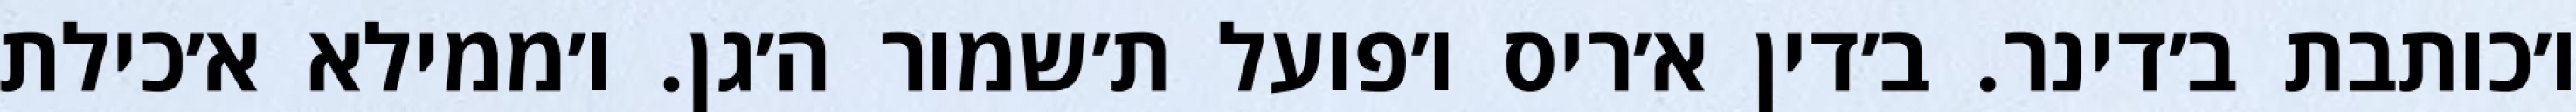
ו׳כותבת ב׳דינר. ב׳דין א׳ריס ו׳פועל ת׳שמור ה׳גן. ו׳ממילא א׳כילת